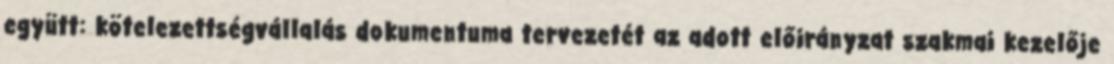
együtt: kötelezettségvállalás dokumentuma tervezetét az adott előirányzat szakmai kezelője